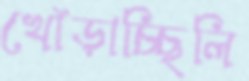
খোঁড়াচ্ছিলি